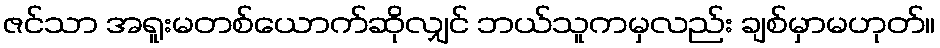
ဇင်သာ အရူးမတစ်ယောက်ဆိုလျှင် ဘယ်သူကမှလည်း ချစ်မှာမဟုတ်။